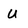
Character: u